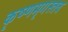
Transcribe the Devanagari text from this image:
कृष्णमृगस्तव